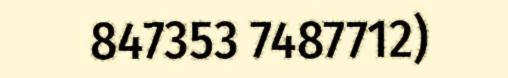
847353 7487712)